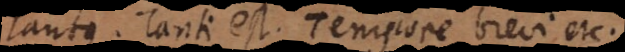
Tantus. Tanti est. Tempore brevi etc.